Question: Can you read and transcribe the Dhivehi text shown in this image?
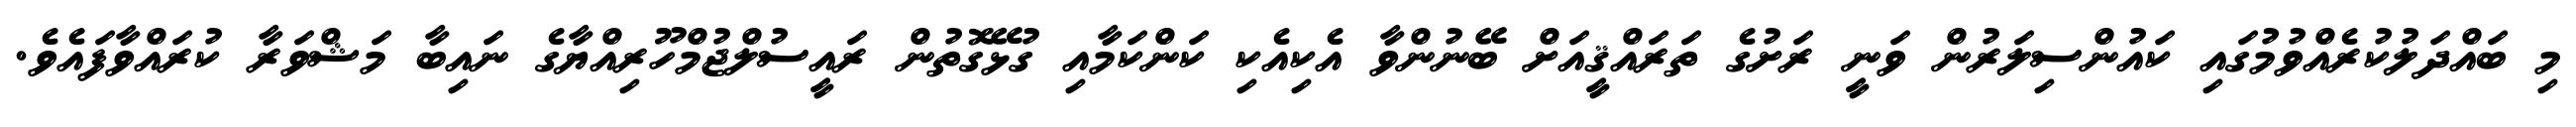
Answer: މި ބައްދަލުކުރެއްވުމުގައި ކައުންސިލަރުން ވަނީ ރަށުގެ ތަރައްޤީއަށް ބޭނުންވާ އެކިއެކި ކަންކަމާއި ގުޅޭގޮތުން ރައީސުލްޖުމްހޫރިއްޔާގެ ނައިބާ މަޝްވަރާ ކުރައްވާފައެވެ.